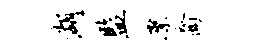
湖监縻裔